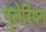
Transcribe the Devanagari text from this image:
मुलेरियन